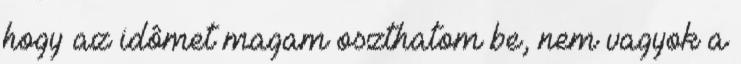
hogy az idômet magam oszthatom be, nem vagyok a